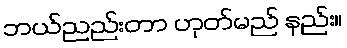
ဘယ်ညည်းတာ ဟုတ်မည် နည်း။